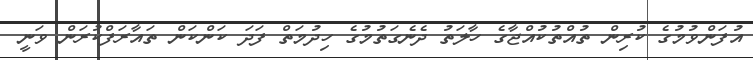
އުފަންވުމުގެ ކުރިން ތުއްތުކުއްޖާގެ ހާލަތު ދެނެގަތުމުގެ ހިދުމަތް ފަދަ ކަންކަން ތައާރަފްކުރަން ވަނީ